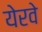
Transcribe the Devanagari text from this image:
येरवे